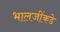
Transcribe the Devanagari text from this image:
भालजींकडे